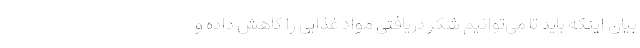
بیان اینکه باید تا می‌توانیم شکر دریافتی مواد غذایی را کاهش داده و